Document type: Sale
Year: 1461
Scribe: [Unknown]
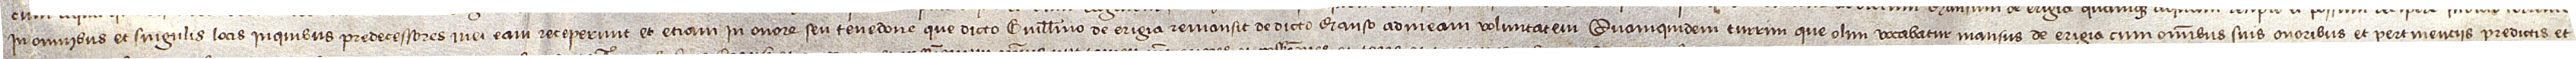
in omnibus et singulis locis in quibus predecessores mei eam receperunt et etiam in onore seu tenedone que dicto Guillelmo de Erigia remansit de dicto manso ad meam voluntatem. Quamquidem turrim que olim vocabatur mansus de Erigia cum omnibus suis onoribus et pertinenciis predictis, et